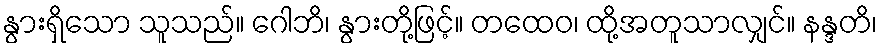
နွားရှိသော သူသည်။ ဂေါဘိ၊ နွားတို့ဖြင့်။ တထေဝ၊ ထို့အတူသာလျှင်။ နန္ဒတိ၊